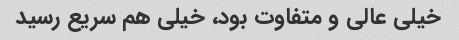
خیلی عالی و متفاوت بود، خیلی هم سریع رسید